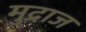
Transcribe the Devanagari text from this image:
मुद्राज